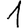
Digit: 1